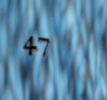
47